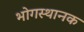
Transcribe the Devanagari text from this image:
भोगस्थानक